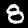
Label: 8